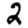
Digit: 2